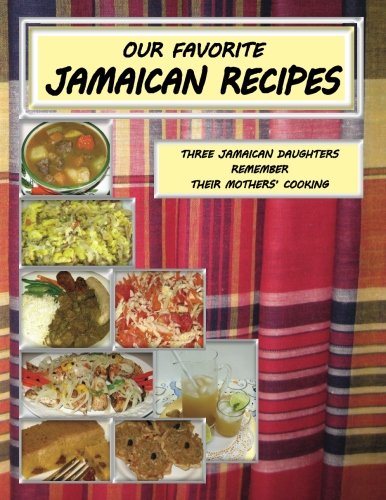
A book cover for Our Favorite Jamaican Recipes: Three Jamaican Daughters Remember Their Mothers' Cooking; Trudy Hanks; Cookbooks, Food & Wine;